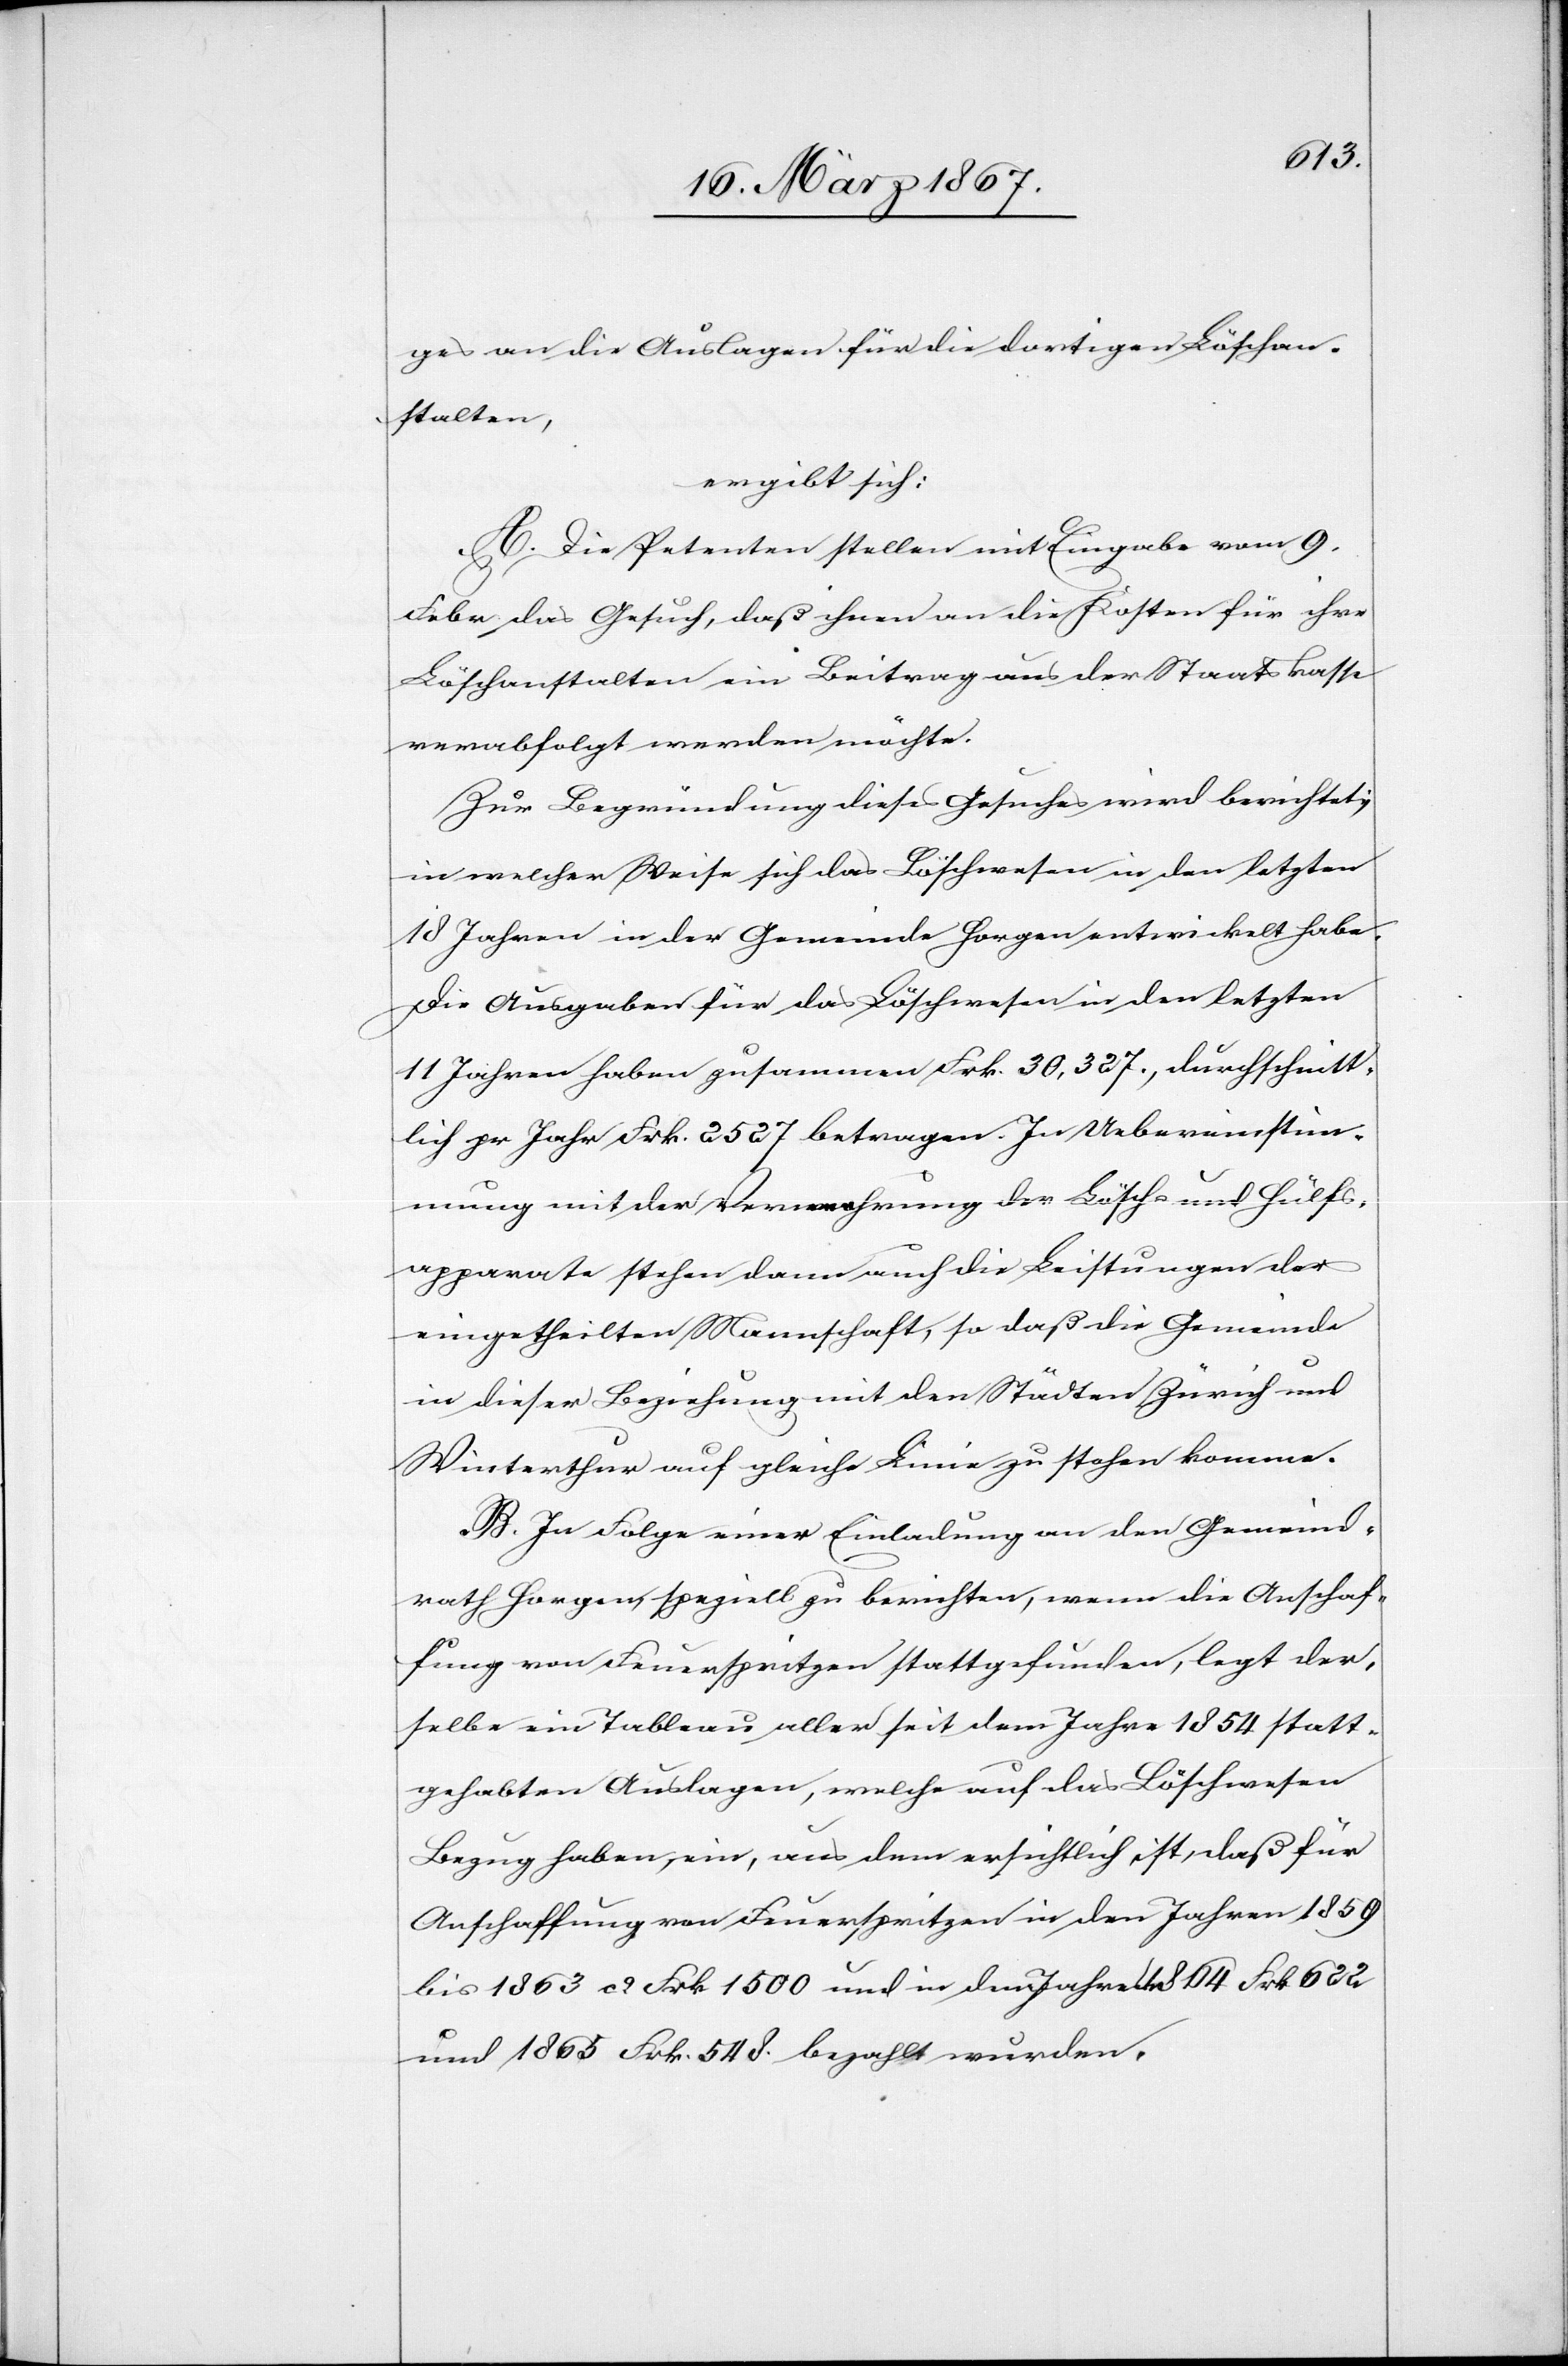
ges an die Auslagen für die dortigen Löschan¬
stalten,
ergibt sich:
A. Die Petenten stellen mit Eingabe vom 9.
Febr. das Gesuch, daß ihnen an die Kosten für ihre
Löschanstalten ein Beitrag aus der Staatskasse
verabfolgt werden möchte.
Zur Begründung dieses Gesuches wird berichtet;
in welcher Weise sich das Löschwesen in den letzten
18 Jahren in der Gemeinde Horgen entwickelt habe.
Die Ausgaben für das Löschwesen in den letzten
11 Jahren haben zusammen Frk. 30,327., durchschnitt¬
lich per Jahr Frk. 2527 betragen. In Uebereinstim¬
mung mit der Vermehrung der Lösch- und Hülfs¬
apparate stehen dann auch die Leistungen der
eingetheilten Mannschaft, so daß die Gemeinde
in dieser Beziehung mit den Städten Zürich und
Winterthur auf gleiche Linie zu stehen komme.
B. In Folge einer Einladung an den Gemeind¬
rath Horgen, speziell zu berichten, wenn die Anschaf¬
fung von Feuerspritzen stattgefunden, legt der¬
selbe ein Tableau aller seit dem Jahre 1854 statt¬
gehabten Auslagen, welche auf das Löschwesen
Bezug haben, ein, aus dem ersichtlich ist, daß für
Anschaffung von Feuerspritzen in den Jahren 1859
bis 1863 ca. Frk. 1500 und in dem Jahre 1864 Frk. 622
und 1865 Frk. 548 bezahlt wurden.